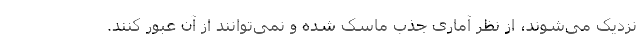
نزدیک می‌شوند، از نظر آماری جذب ماسک شده و نمی‌توانند از آن عبور کنند.